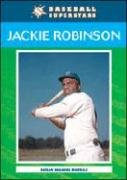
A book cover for Jackie Robinson (Baseball Superstars); Susan Muaddi Darraj; Teen & Young Adult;